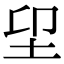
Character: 𡊂